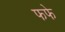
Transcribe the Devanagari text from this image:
फफे